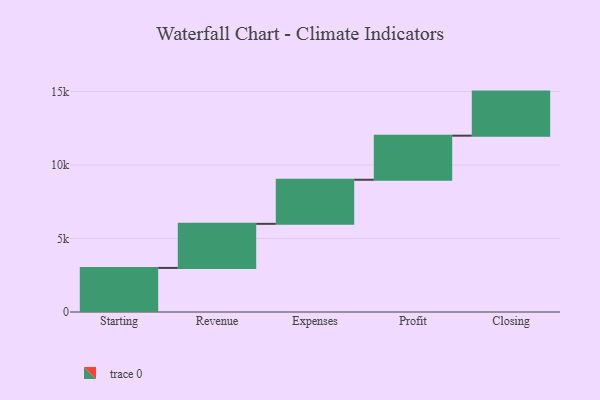
{"axis": {"x": "Step", "y": "Value"}, "legend": [""], "data": [{"x": "Starting", "y": 3000, "type": ""}, {"x": "Revenue", "y": 3000, "type": ""}, {"x": "Expenses", "y": 3000, "type": ""}, {"x": "Profit", "y": 3000, "type": ""}, {"x": "Closing", "y": 3000, "type": ""}]}